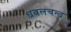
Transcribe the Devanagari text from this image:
धवलचन्द्र